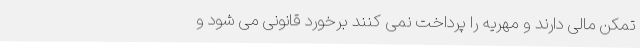
تمکن مالی دارند و مهریه را پرداخت نمی کنند برخورد قانونی می شود و